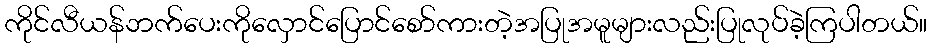
ကိုင်လီယန်ဘက်ပေးကိုလှောင်ပြောင်စော်ကားတဲ့အပြုအမူများလည်းပြုလုပ်ခဲ့ကြပါတယ်။